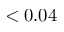
< 0 . 0 4